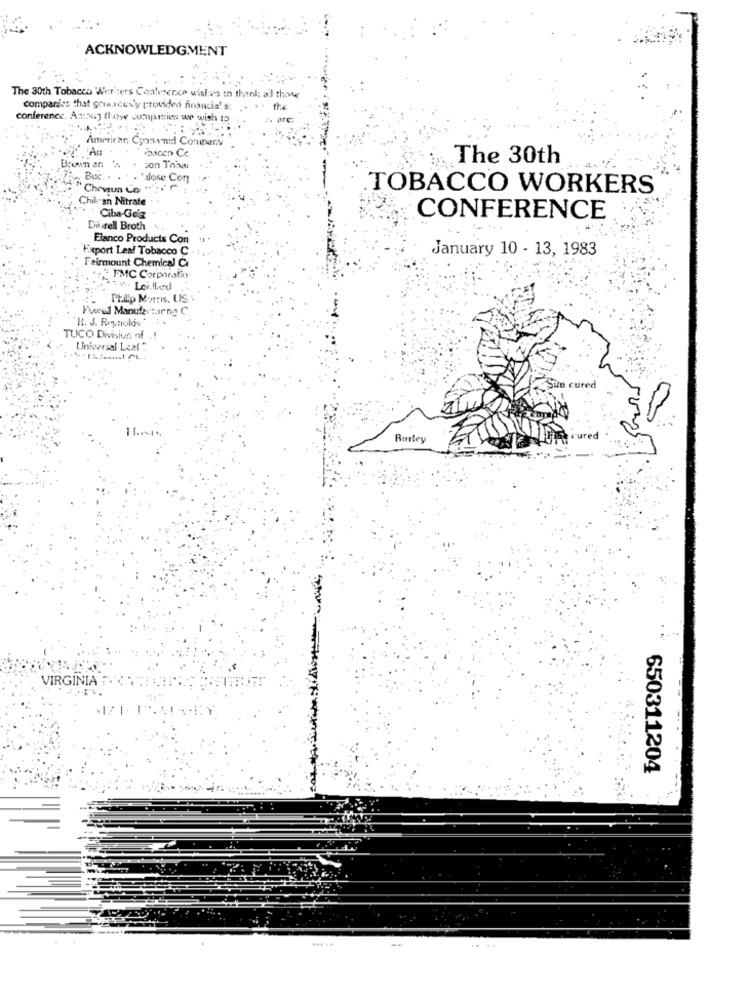
ACKNOWLEDGMENT
The 30th Tobacco Werkers Conference wishes to thank al those
companies that sources'y provided Ansncia! s
the
conference. Ambuj thow companies we wish to
American Cionand Company
ascen Ce
The 30th
Brown an 'A
BuC.
. 'done Con
""Chevrun Co "
TOBACCO WORKERS
Chikan Nitrate
Ciba-Ge'g
CONFERENCE
Dil dell Broth
Elanco Products Con
Export Leal Tobacco C
January 10 - 13, 1983
Fairmount Chemical C
FMC Corporafo
Loi.llard
Philip Morris. US :
Fuved Manufacturing C
R. J. Reynolds *
TUCO Division of
Universal Leaf ?
Sin cured
Burley
ured
VIRGINIA
650311204